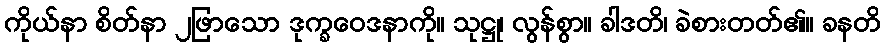
ကိုယ်နာ စိတ်နာ ၂ဖြာသော ဒုက္ခဝေဒနာကို။ သုဋ္ဌု၊ လွန်စွာ။ ခါဒတိ၊ ခဲစားတတ်၏။ ခနတိ